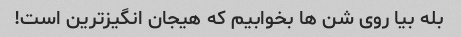
بله بیا روی شن ها بخوابیم که هیجان انگیزترین است!